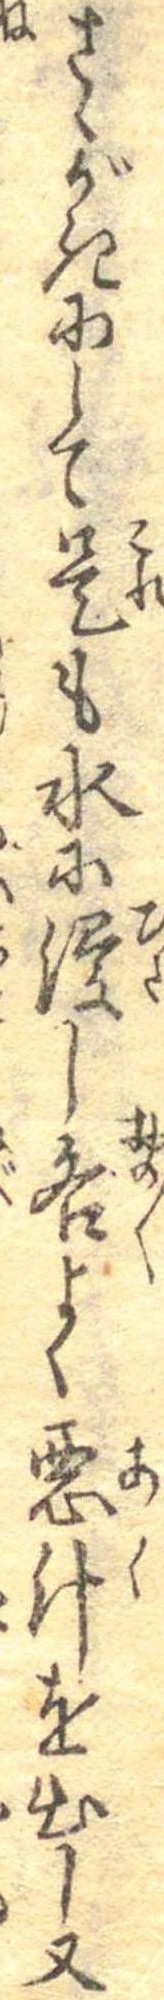
さゝがきにして是も水に浸し各よく悪汁を出し又